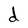
Character: d